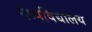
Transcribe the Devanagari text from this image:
मध्यविद्यालय